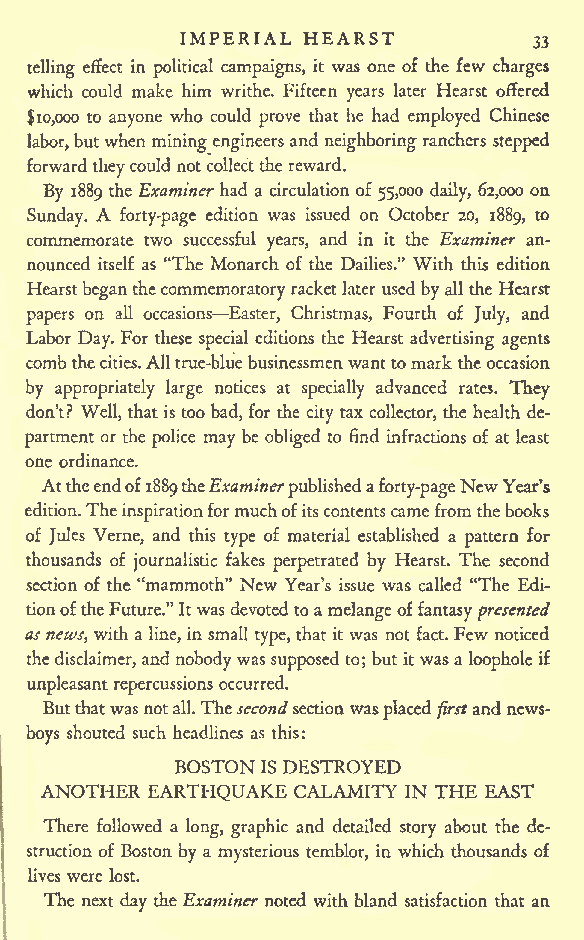
IMPERIAL HEARST
 33
 telling effect in political campaigns, it was one of the few charges
 which could make him writhe. Fifteen years later Hearst offered
 $10,000 to anyone who could prove that he had employed Chinese
 labor,butwhen miningengineers and neighboringranchers stepped
 forward theycouldnotcollectthereward.
 By 1889 the Examiner had a circulation of 55,000 daily, 62,000 on
 Sunday. A forty-page edition was issued on October 20, 1889, to
 commemorate two successful years, and in it the Examiner an-
 nounced itself as "The Monarch of the Dailies." With this edition
 Hearstbeganthecommemoratoryracketlater usedbyall the Hearst
 papers on all occasions Easter, Christmas, Fourth of July, and
 Labor Day. For these special editions the Hearst advertising agents
 combthecities.Alltrue-bluebusinessmenwanttomarktheoccasion
 by appropriately large notices at specially advanced rates. They
 don't? Well, thatis toobad, for the city tax collector, the health de-
 partment or the police may be obliged to find infractions of at least
 one ordinance.
 Attheendof1889theExaminer publisheda forty-pageNew Year's
 edition.The inspirationformuchofitscontentscamefromthebooks
 of Jules Verne, and this type of material established a pattern for
 thousands of journalistic fakes perpetrated by Hearst. The second
 section of the "mammoth" New Year's issue was called "The Edi-
 tionoftheFuture."Itwas devotedtoamelangeoffantasypresented
 as news, with a line, in small type, that it was not fact. Few noticed
 thedisclaimer, and nobodywas supposed to; butitwasa loopholeif
 unpleasantrepercussions occurred.
 Butthatwasnotall.Thesecondsectionwas placedfirstandnews-
 boys shouted such headlines as this:
 BOSTON DESTROYED
 IS
 ANOTHER EARTHQUAKE CALAMITY IN THE EAST
 There followed a long, graphic and detailed story about the de-
 struction of Boston by a mysterious temblor, in which thousands of
 lives were lost.
 The next day theExaminer noted with bland satisfaction that an